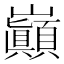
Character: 巓